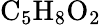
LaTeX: \textrm{C}_{5}\textrm{H}_{8}\textrm{O}_{2}